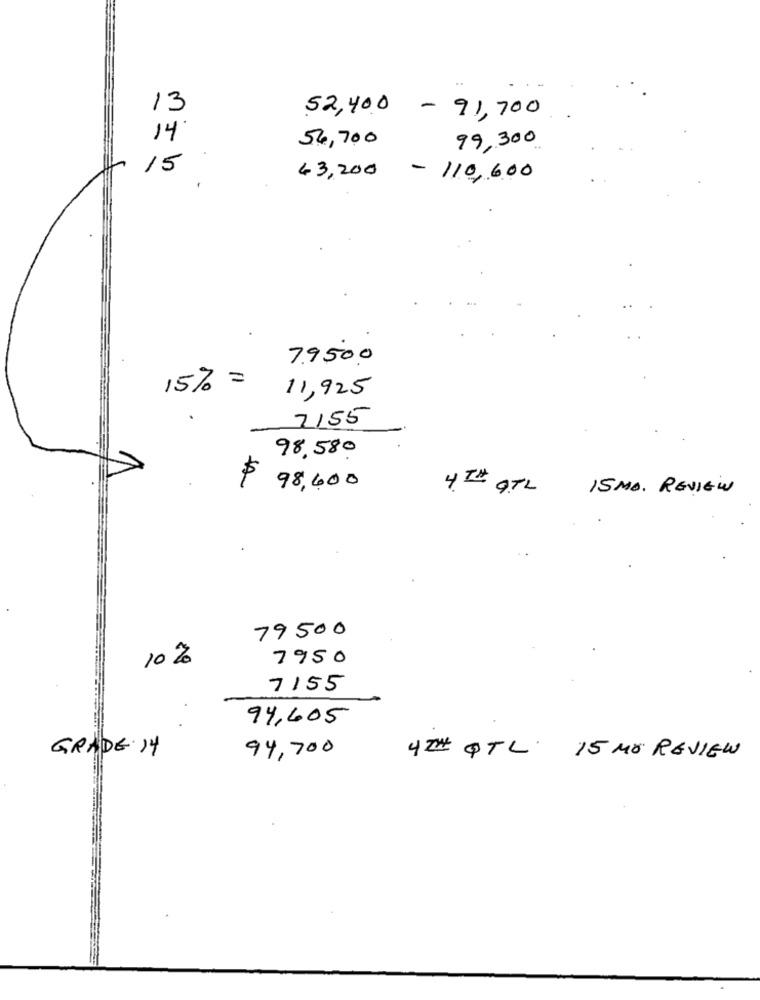
13
52,400 - 91,700
14
54,700
99,300
15
43,200 - 110,600
79500
15% =
11,925
2155
98,580
LA
98,600
4 TH QTL 15MA . REVIEW
79500
10%
1950
7155
94,605
GRADE 14
94,700
4TH QTL 15 MG REVIEW